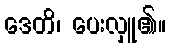
ဒေတိ၊ ပေးလှူ၏။